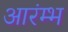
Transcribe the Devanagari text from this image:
आरंम्भ